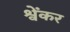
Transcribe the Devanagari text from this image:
श्वेंकर